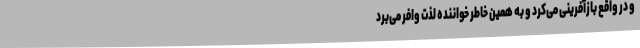
و در واقع بازآفرینی می‌کرد و به همین خاطر خواننده لذت وافر می‌برد